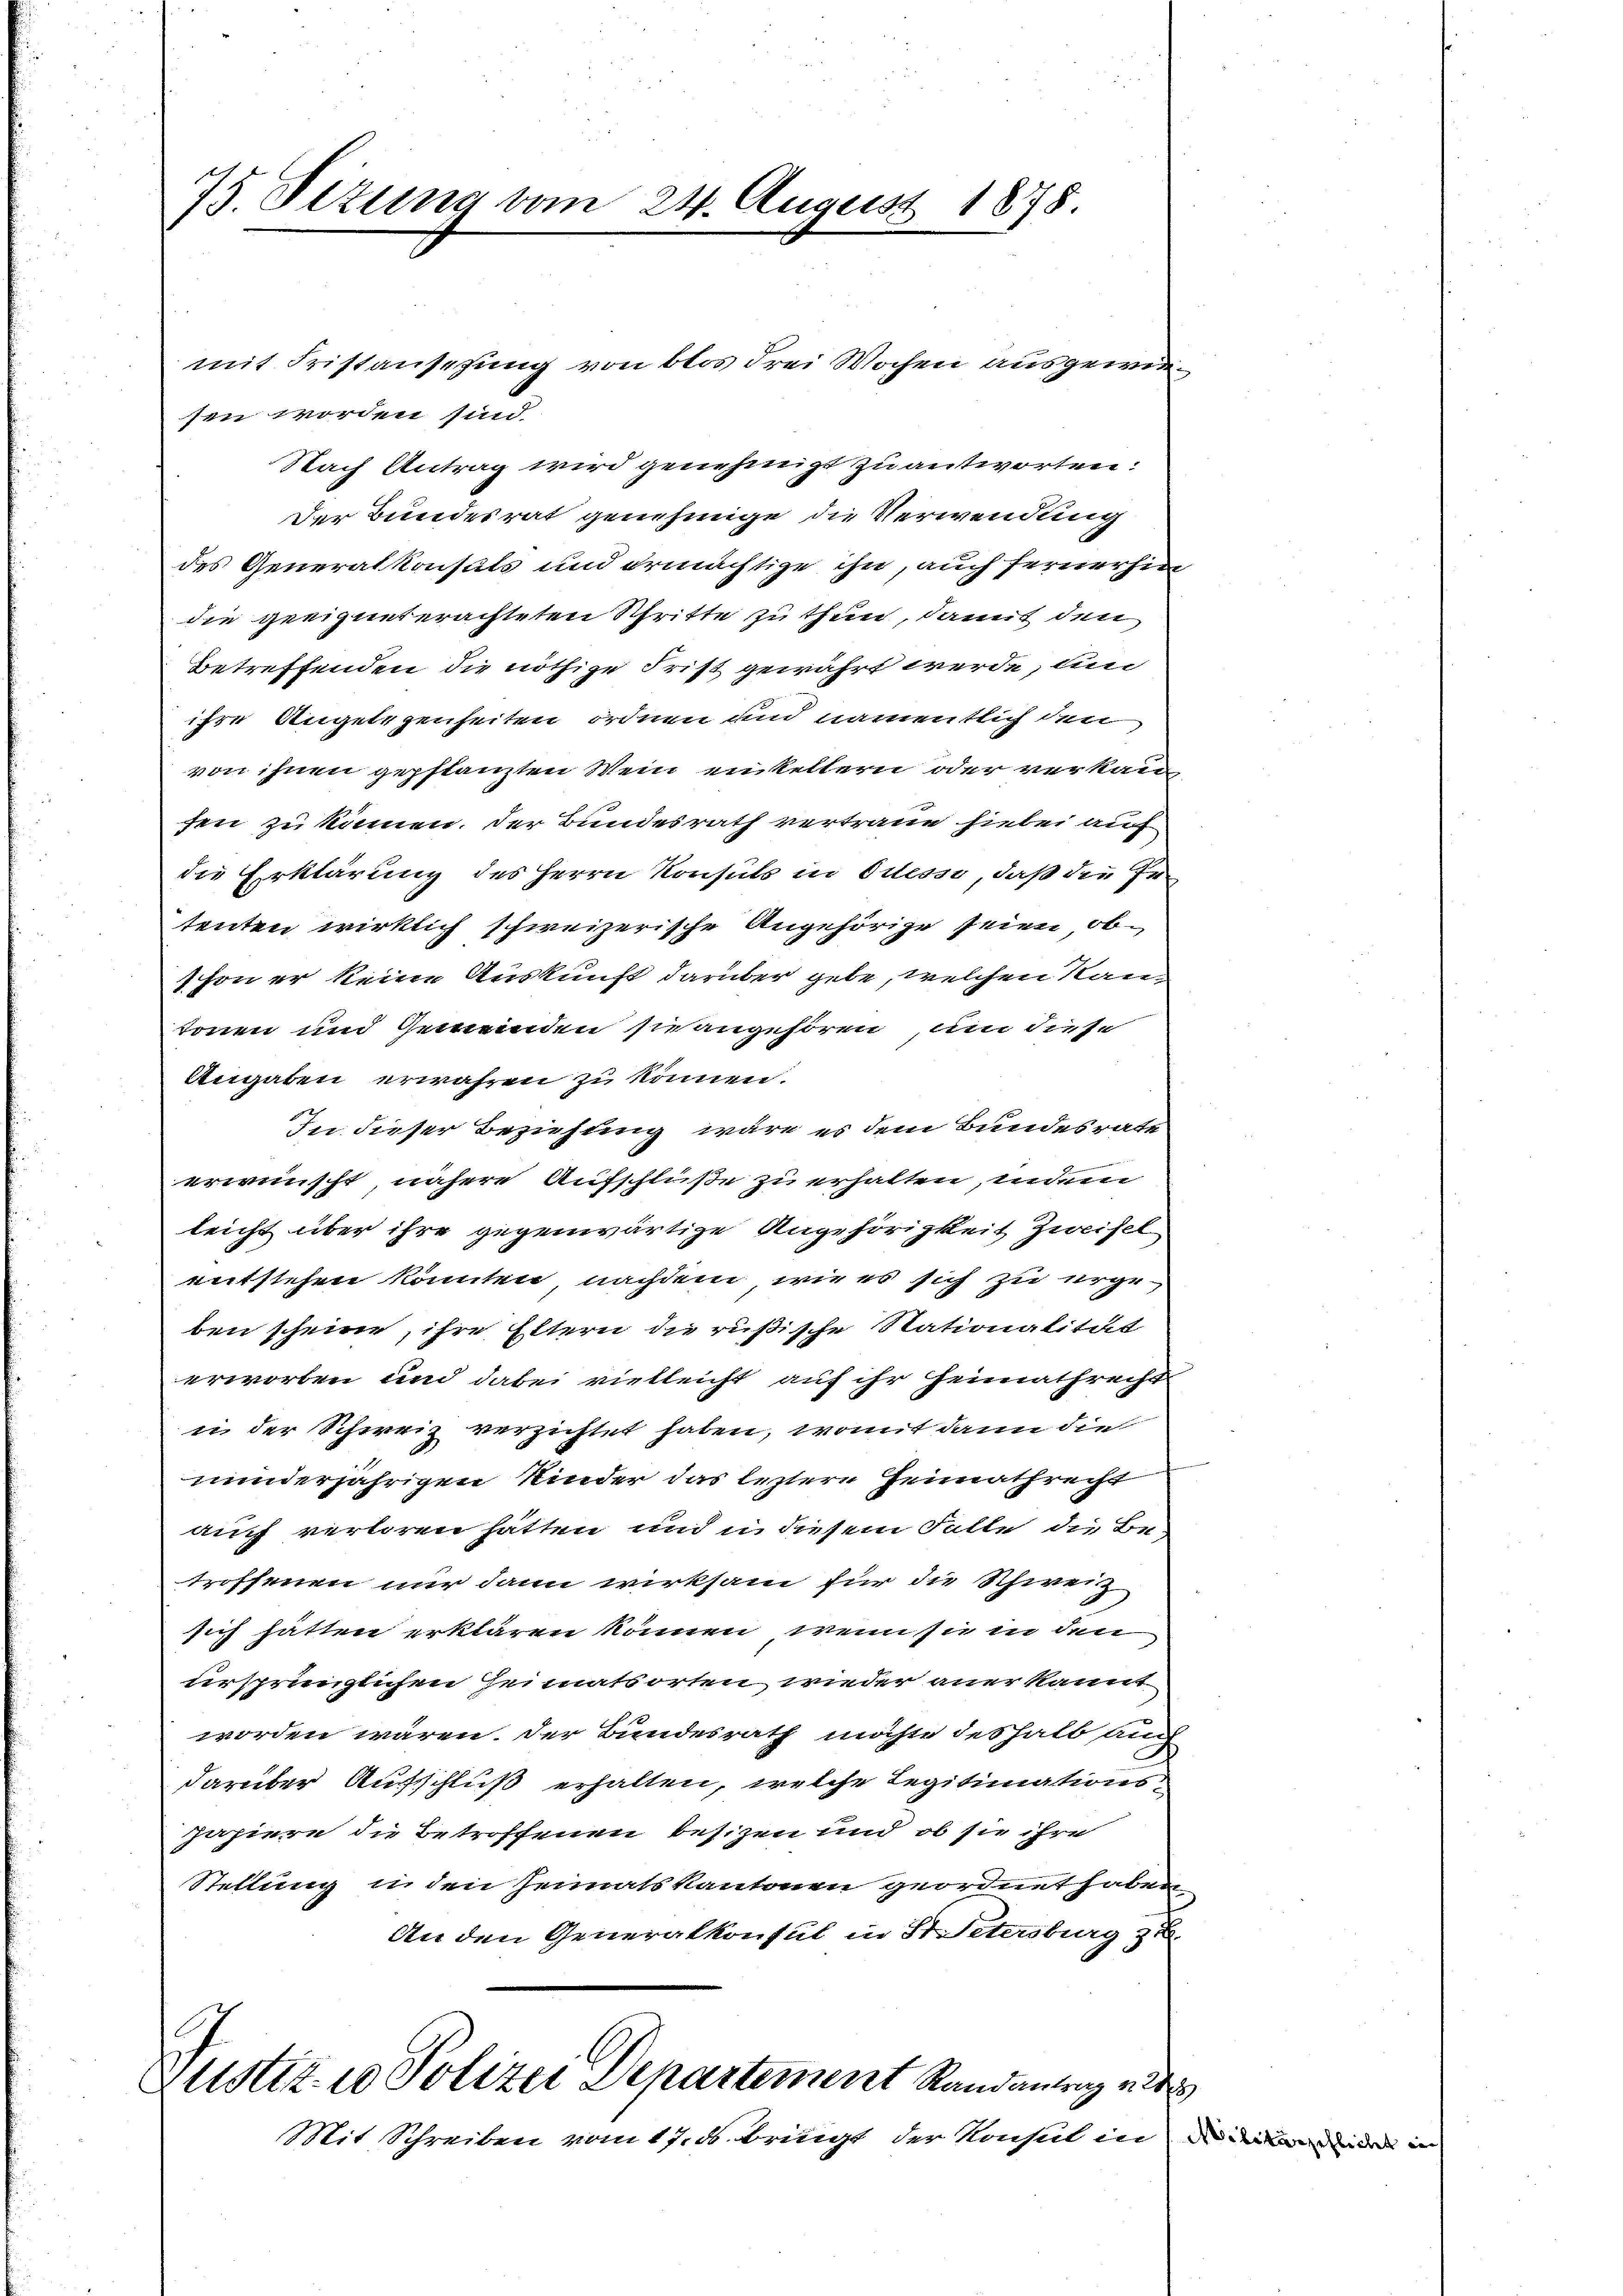
75. Sizung vom 24. August 1878

mit Fristansehung von blos drei Wochen ausgewiesen worden sind.
Nach Antrag wird genehmigt zu antworten:
Der Bundesrat genehmige die Verwendung
des Generalkonsals und ermächtige ihn, auch fernerhin
die geeigneterachteten Schritte zu thun, damit den
Betreffenden die nöthige Frist gewährt werde, und
ihre Angelegenheiten ordnen und namentlich den
von ihnen gepflanzten Wein einkeltern oder verkau
fen zu können. Der Bundesrath vertraue hiebei auf
die Erklärung des Herrn Konsuls in Odessa, daß die Ertenten wirklich schweizerische Angehörige seien, obschon er keine Auskunft darüber gebe, welchen Rautonen und Gemeinden sie angehören, um diese
Angaben erwähren zu können.
In dieser Beziehung wäre es dem Bundesrate
erwünscht, nähere Aufschluße zu erhalten, indem
leicht über ihre gegenwärtige Angehörigkeit Zweifel
entstehen könnten nachdem wie es sich zu urgeben scheine, ihre Eltern die rüßische Stationalität
erworben und dabei vielleicht auf ihr Heimathrecht
in der Schirriz verzichtet haben, womit dann die
minderjährigen Kinder das leztere Heimathrecht
auch verloren hätten und in diesem Falle die Be-
troffenen nur dann wirksam für die Schweiz
sich hätten erklären können, wenn sie in den
ursprünglichen Heimatsorten, wieder aner kannt
worden wären. Der Bundesrath möchte deshalb auch
darüber Aufschluß erhalten, welche Legitimationspapiere die Betroffenen besizen und ob sie ihre
Stellung in den Heimatskantonen geordnet haben
An den Generalkonsul in St. Petersburg zu.
Justiz- u Polizei Departement Randantag ents
Mit Schreiben vom 17. ds. bringt der Konsul in di